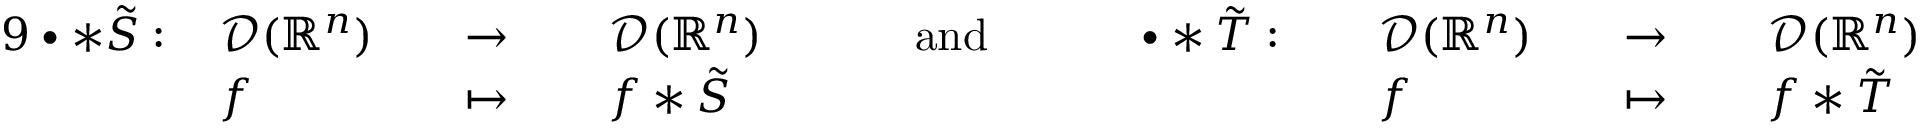
{ \begin{array} { r l r l r l r l r l r l r l r l } { { 9 } \bullet \ast { \tilde { S } } : \, } & { { \mathcal { D } } ( \mathbb { R } ^ { n } ) } & & { \to \, } & & { { \mathcal { D } } ( \mathbb { R } ^ { n } ) } & & { \quad { \mathrm { ~ a n d ~ } } \quad } & & { \bullet \ast { \tilde { T } } : \, } & & { { \mathcal { D } } ( \mathbb { R } ^ { n } ) } & & { \to \, } & & { { \mathcal { D } } ( \mathbb { R } ^ { n } ) } \\ & { f } & & { \mapsto \, } & & { f \ast { \tilde { S } } } & & { } & & { } & & { f } & & { \mapsto \, } & & { f \ast { \tilde { T } } } \end{array} }